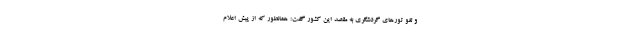
و لغو تورهای گردشگری به مقصد این کشور گفت: همانطور که از پیش اعلام